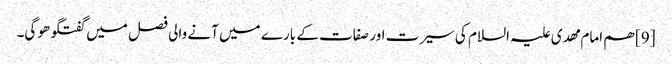
[9] ھم امام مھدی علیہ السلام کی سیرت اور صفات کے بارے میں آنے والی فصل میں گفتگو ھوگی۔